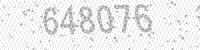
Solution: 648076